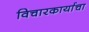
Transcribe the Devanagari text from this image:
विचारकार्याचा